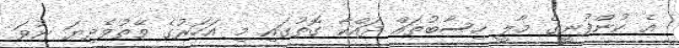
އެ ކުންފުނީގެ މާލީ ހިސާބުތައް ދައްކާ ގޮތުގައި މި އަހަރުގެ ވޭތުވެދިޔަ ނުވަ